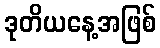
ဒုတိယနေ့အဖြစ်